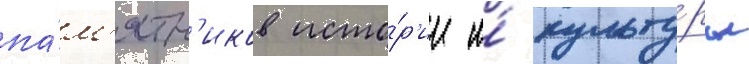
па́м'ятн'иков исто́р'ии и́ культу́ры